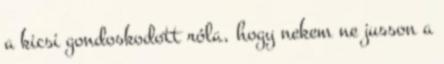
a kicsi gondoskodott róla, hogy nekem ne jusson a